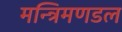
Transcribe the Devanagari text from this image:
मन्त्रिमणडल